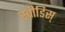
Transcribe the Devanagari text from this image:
स्वीडिस्